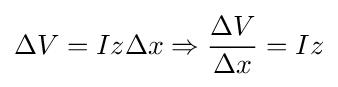
\Delta V=Iz\Delta x\Rightarrow {\frac {\Delta V}{\Delta x}}=Iz